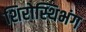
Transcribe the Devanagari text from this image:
शिरोस्थिभंग